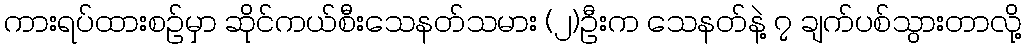
ကားရပ်ထားစဉ်မှာ ဆိုင်ကယ်စီးသေနတ်သမား (၂)ဦးက သေနတ်နဲ့ ၇ ချက်ပစ်သွားတာလို့